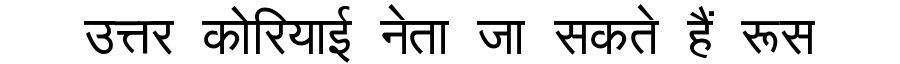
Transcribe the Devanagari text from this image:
उत्तर कोरियाई नेता जा सकते हैं रूस